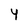
Character: 4